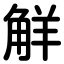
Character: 觧